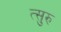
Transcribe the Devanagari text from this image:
त्सुरु